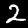
Label: 2